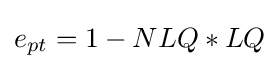
e_{pt}=1-NLQ*LQ